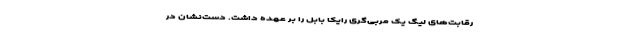
رقابت‌های لیگ یک مربی‌گری رایکا بابل را بر عهده داشت. دست‌نشان در